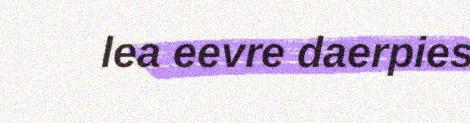
lea eevre daerpies